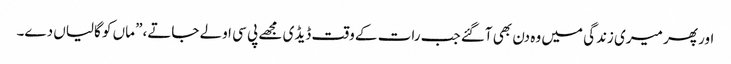
اور پھر میری زندگی میں وہ دن بھی آگئے جب رات کے وقت ڈیڈی مجھے پی سی اولے جاتے،” ماں کو گالیاں دے۔